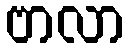
ဗာလာ